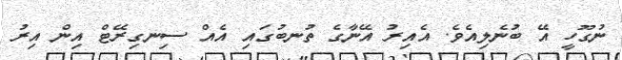
ނުގޫހީ އޭ ބުނެލިއެވެ. އެއިރު އޭނާގެ ތުނބުގައި އެއް ސިނގިރޭޓް އިން އިރު